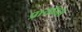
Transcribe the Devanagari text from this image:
प्रायॉन्स